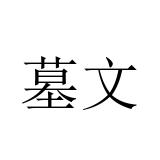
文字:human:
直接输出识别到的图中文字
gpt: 墓文